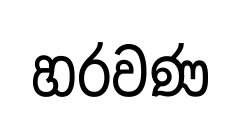
හරවණ